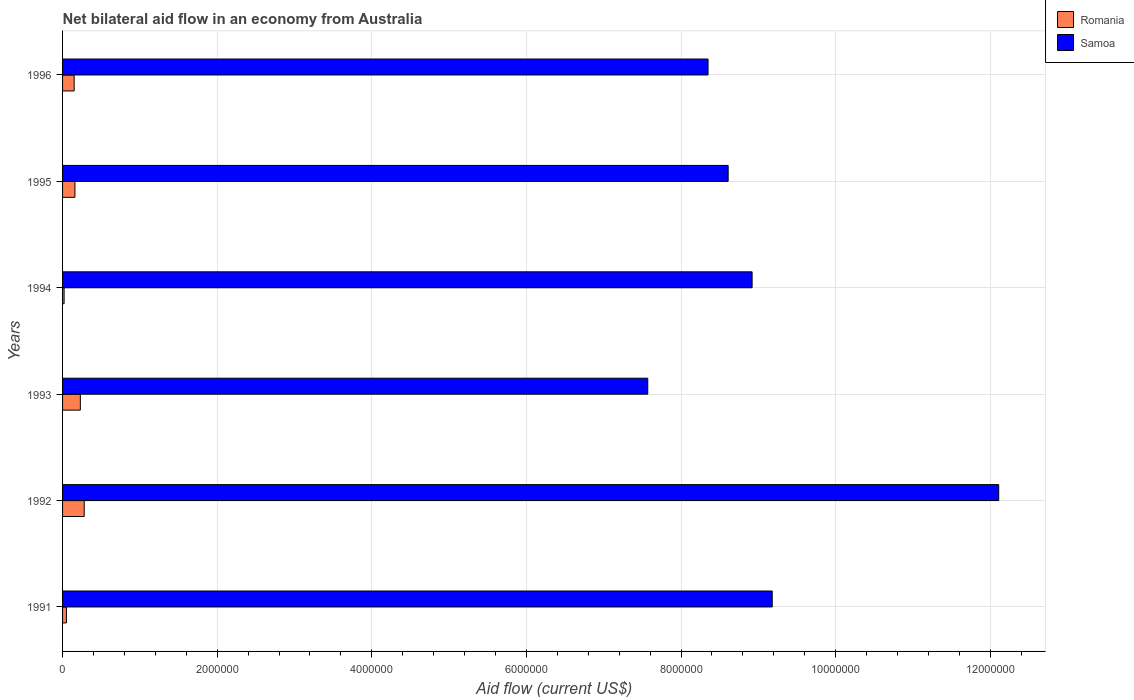
| Years | Romania | Samoa |
 | --- | --- | --- |
 | 1991 | 5e+04 | 9.18e+06 |
 | 1992 | 2.8e+05 | 1.21e+07 |
 | 1993 | 2.3e+05 | 7.57e+06 |
 | 1994 | 2e+04 | 8.92e+06 |
 | 1995 | 1.6e+05 | 8.61e+06 |
 | 1996 | 1.5e+05 | 8.35e+06 |